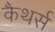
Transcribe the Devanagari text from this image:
कैथर्स